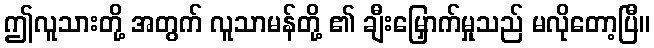
ဤလူသားတို့ အတွက် လူသာမန်တို့ ၏ ချီးမြှောက်မှုသည် မလိုတော့ပြီ။